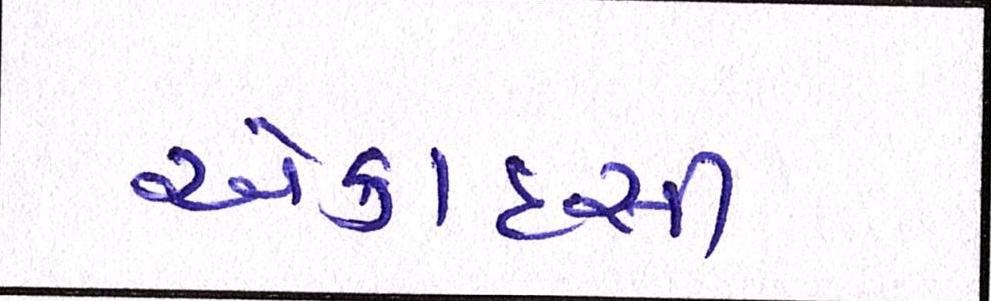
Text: એકાદસી